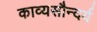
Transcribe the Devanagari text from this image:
काव्यसौन्दर्य